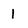
Character: 1